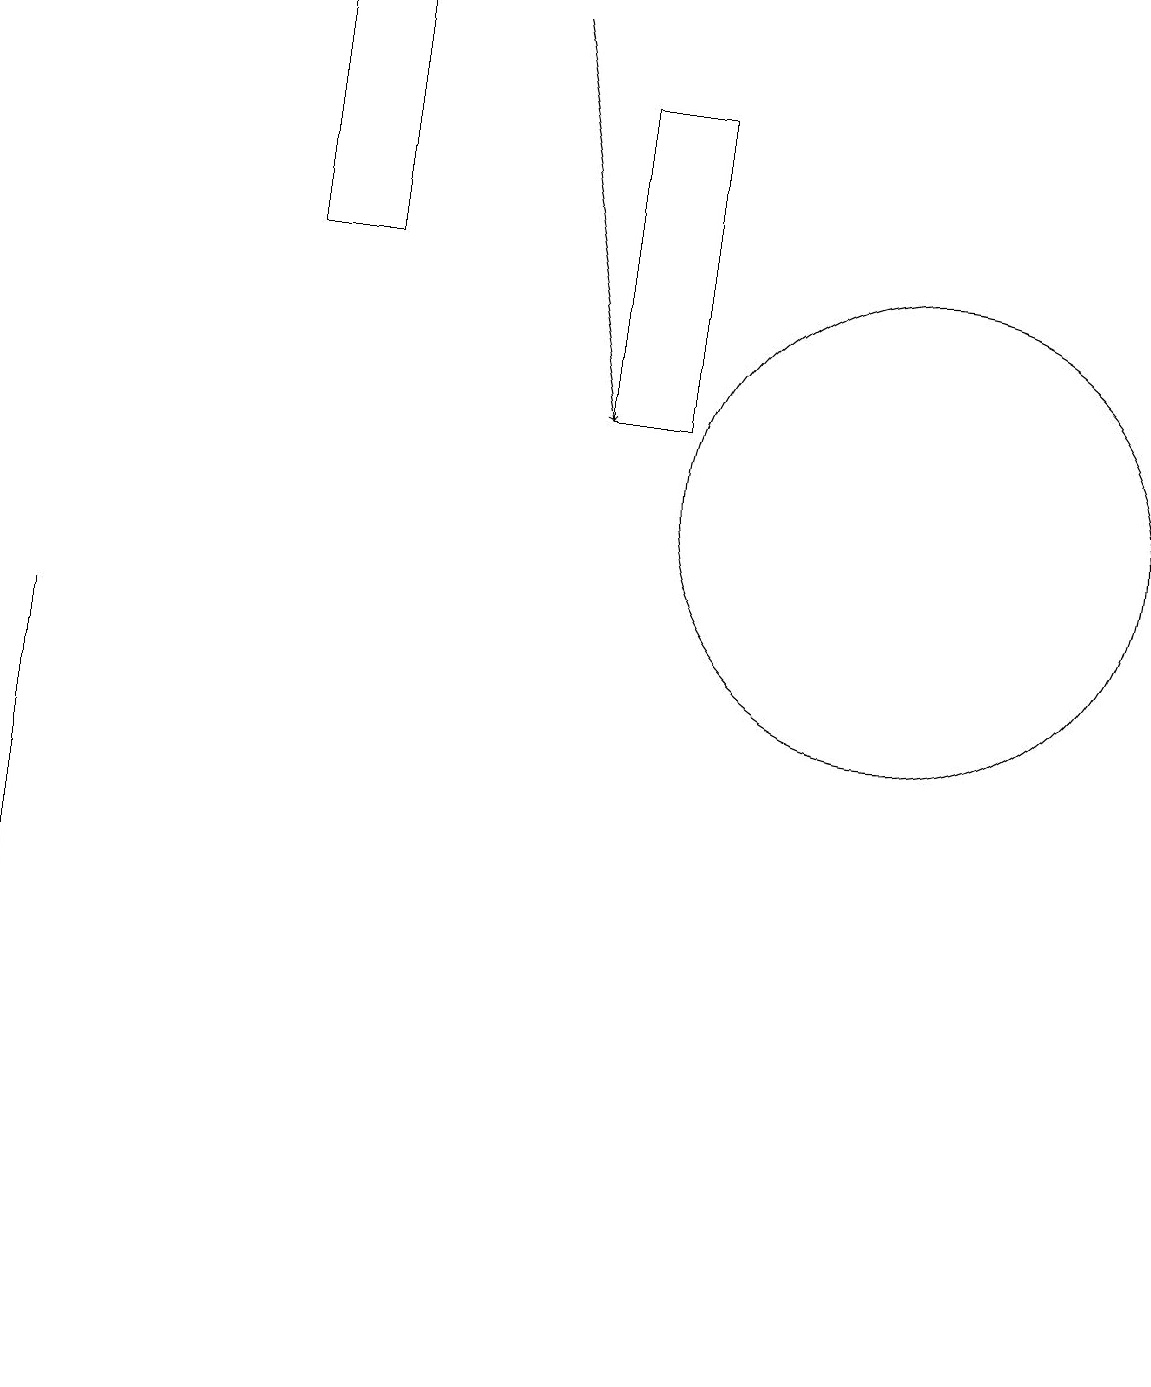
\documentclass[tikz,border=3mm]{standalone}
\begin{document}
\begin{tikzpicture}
\draw (3,14) rectangle (4,17);
\draw (8,12) rectangle (7,16);
\draw (11,11) circle (3);
\draw[->] (6,17) -- (7,12);
\draw (0,9) -- (0,2) -- (0,0) -- cycle;
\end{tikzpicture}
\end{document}